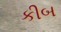
કીબ